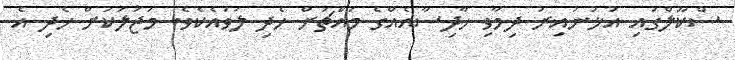
ސްކޫލްގައި އުޅުނުއިރު ދިމާވި ހާދިސާއެއްގެ މައްޗަށް ހެދި ލަވައެކެވެ. މަޖަލަކަށް ހެދި އެ